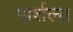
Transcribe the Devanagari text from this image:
पार्शल्स